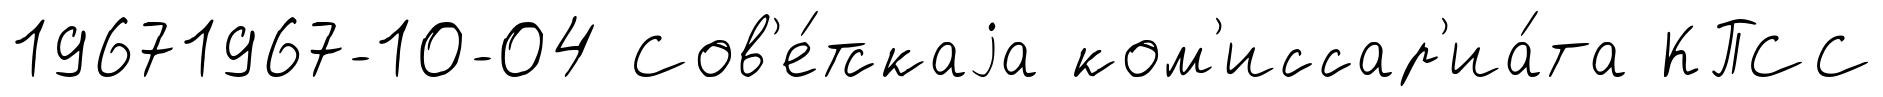
19671967-10-04 Сов'е́тскаjа ком'иссар'иа́та КПСС